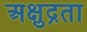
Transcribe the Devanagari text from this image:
अक्षुद्रता